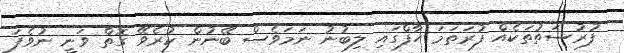
ފުރުސަތުތަކެއް ފުރަތަމަ ހާފްގައި ލިބުނު ނަމަވެސް ބޭނުން ކުރެވޭ ގޮތް ވަނީ ނުވެފަ